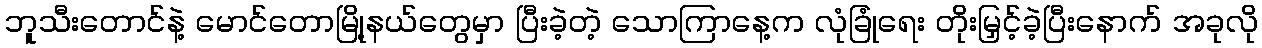
ဘူသီးတောင်နဲ့ မောင်တောမြို့နယ်တွေမှာ ပြီးခဲ့တဲ့ သောကြာနေ့က လုံခြုံရေး တိုးမြှင့်ခဲ့ပြီးနောက် အခုလို